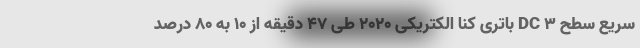
سریع سطح 3 DC باتری کنا الکتریکی 2020 طی 47 دقیقه از 10 به 80 درصد